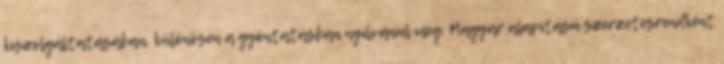
kiszolgáltatásában, különösen a gyóntatásban nyilvánul meg. Magyar alapítású szerzetesrendként